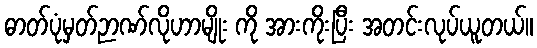
ဓာတ်ပုံမှတ်ဉာဏ်လိုဟာမျိုး ကို အားကိုးပြီး အတင်းလုပ်ယူတယ်။